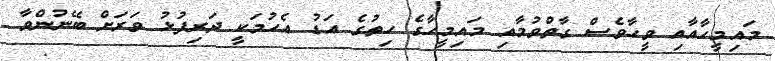
މައިމީހާއާއި ވީހާވެސް ގާތްވުމާއި މައިމީހާގެ ހިތުގެ އަޑު އެހުމަކީ ދަރިފުޅު ވަރަށް ބޭނުންވާ